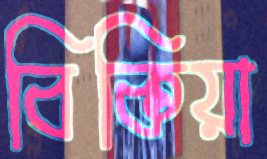
বিকিয়া